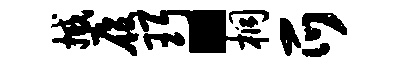
撼履珥。桐爪